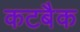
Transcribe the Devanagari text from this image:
कटबैक